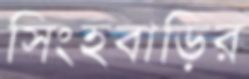
সিংহবাড়ির